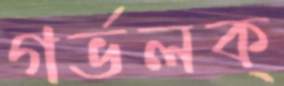
গর্ভলক্